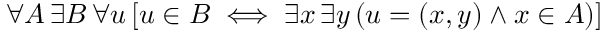
\forall A \, \exists B \, \forall u \, [ u \in B \iff \exists x \, \exists y \, ( u = ( x , y ) \land x \in A ) ] \!